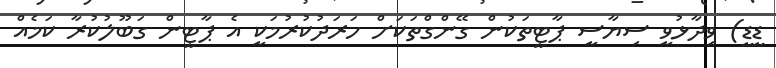
ޑީޑީ) ވިދާޅުވީ ސިޔާސީ ޕާޓީތަކުން ގޭންގްތަކަށް ހަރަދުކުރުމަކީ އެ ޕާޓީން ގަބޫލުކުރާ ކަމެއް